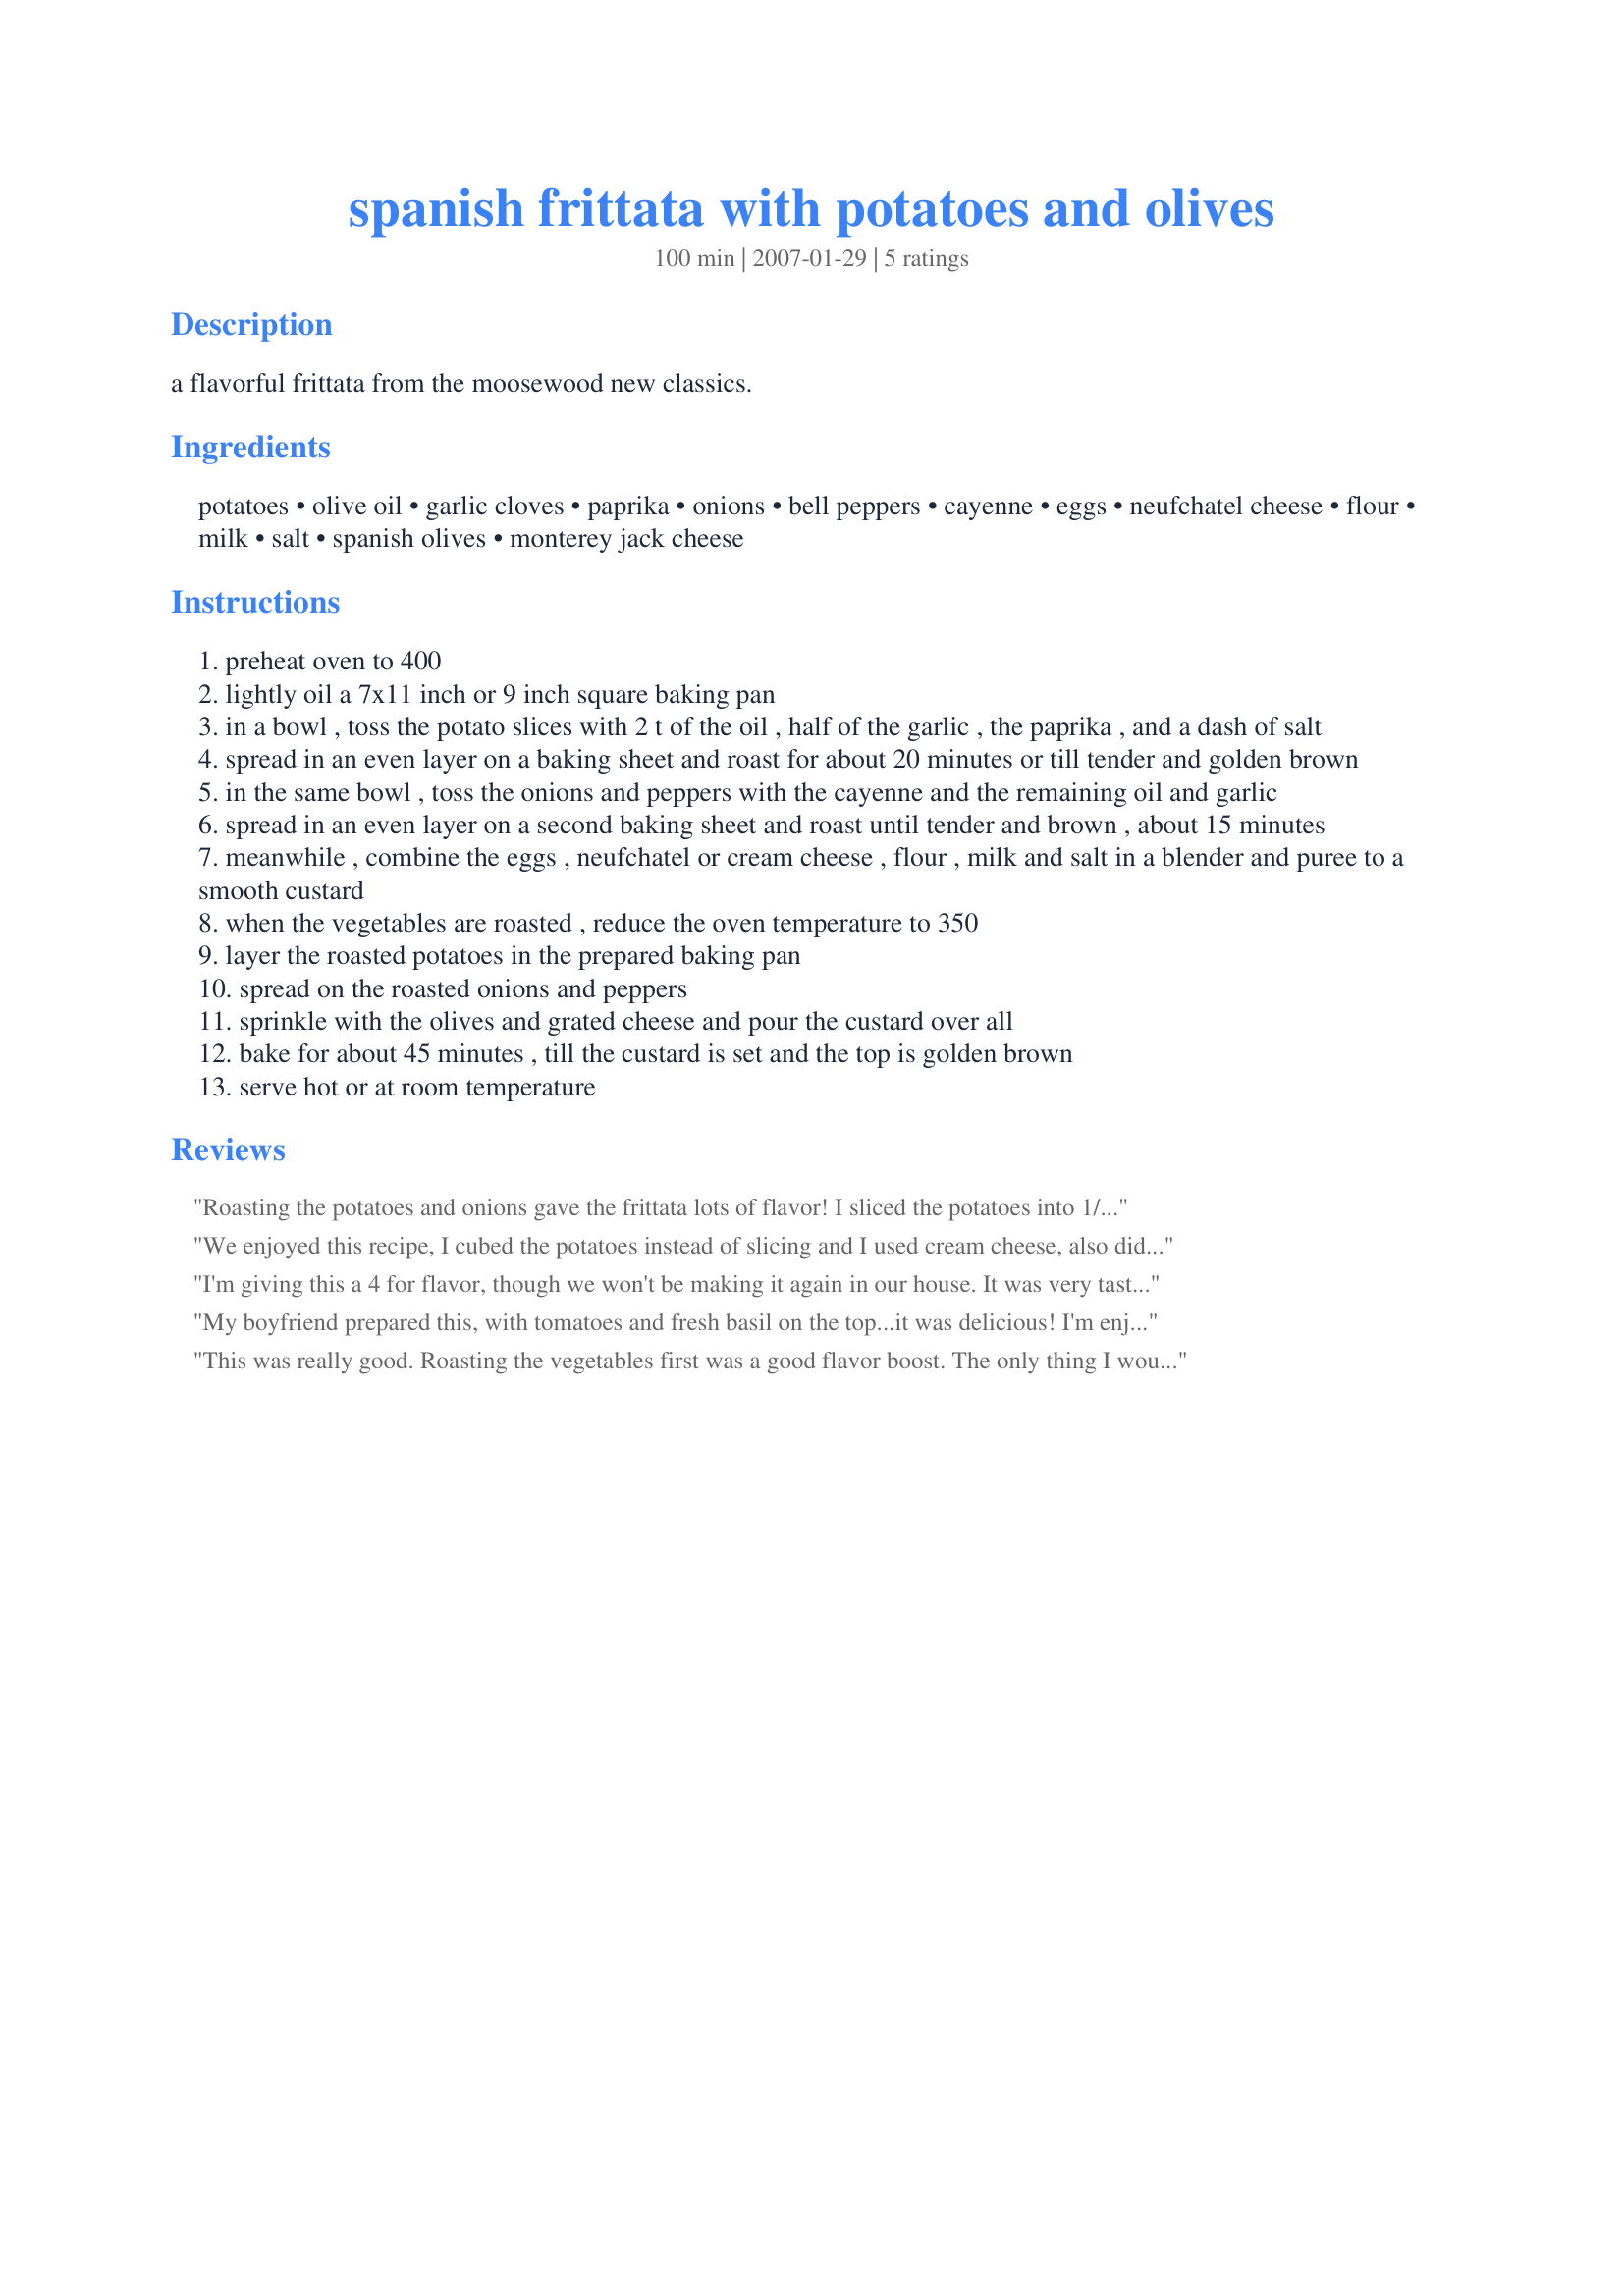
spanish frittata with potatoes and olives
Preparation time: 100 minutes

a flavorful frittata from the moosewood new classics.

Ingredients:
potatoes, olive oil, garlic cloves, paprika, onions, bell peppers, cayenne, eggs, neufchatel cheese, flour, milk, salt, spanish olives, monterey jack cheese

Steps:
preheat oven to 400
lightly oil a 7x11 inch or 9 inch square baking pan
in a bowl , toss the potato slices with 2 t of the oil , half of the garlic , the paprika , and a dash of salt
spread in an even layer on a baking sheet and roast for about 20 minutes or till tender and golden brown
in the same bowl , toss the onions and peppers with the cayenne and the remaining oil and garlic
spread in an even layer on a second baking sheet and roast until tender and brown , about 15 minutes
meanwhile , combine the eggs , neufchatel or cream cheese , flour , milk and salt in a blender and puree to a smooth custard
when the vegetables are roasted , reduce the oven temperature to 350
layer the roasted potatoes in the prepared baking pan
spread on the roasted onions and peppers
sprinkle with the olives and grated cheese and pour the custard over all
bake for about 45 minutes , till the custard is set and the top is golden brown
serve hot or at room temperature

Reviews:
Roasting the potatoes and onions gave the frittata lots of flavor! I sliced the potatoes into 1/8" slices and roasted them with the onions in a large roasting pan. I also cut the recipe in half, which was just about right my (very hungry) husband and myself. Thanks Pattikay!
We enjoyed this recipe, I cubed the potatoes instead of slicing and I used cream cheese, also did some amount adjustments, thanks for sharing pattikay!..Kitten:)
I'm giving this a 4 for flavor, though we won't be making it again in our house. It was very tasty, but the egg/cream cheese/milk mixture was not an agreeable texture to any of us. I let it cook for a little over an hour and the mixture was still soft, though not liquid. I guess we all just like our eggs cooked hard.
My boyfriend prepared this, with tomatoes and fresh basil on the top...it was delicious! I'm enjoying the leftovers as I write this. Roasting the vegetables added on some prep time, but I think it was worth the extra wait. Thanks for posting this; I'm sure we'll be having this again.
This was really good. Roasting the vegetables first was a good flavor boost. The only thing I would change is to add another flavor to the potato layer. Maybe it was the type of paprika I used but the flavor was just too subtle and I think some rosemary or other herb would be good. I will try this again.
